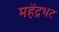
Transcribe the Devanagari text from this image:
महेंद्रभट